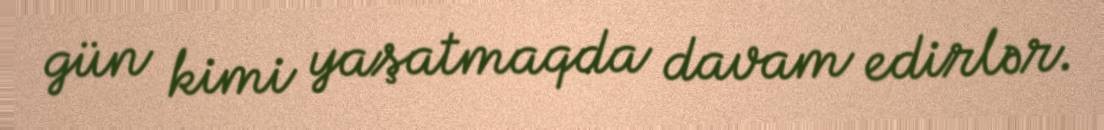
gün kimi yaşatmaqda davam edirlər.